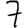
Digit: 7